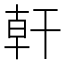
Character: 𪪂